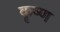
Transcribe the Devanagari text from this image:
कृष्‍ण्‍ा